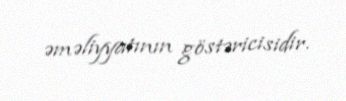
əməliyyatının göstəricisidir.